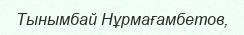
Тынымбай Нұрмағамбетов,